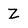
Character: Z